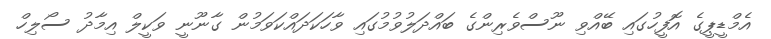
އެމްޑީޕީގެ އޮފީހުގައި ބޭއްވި ނޫސްވެރިންގެ ބައްދަލުވުމުގައި ވާހަކަދައްކަވަމުން ގާނޫނީ ވަކީލް އިމާދު ސޯލިހް